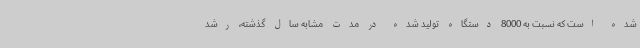
شده است که نسبت به 8000 دستگاه تولید شده در مدت مشابه سال گذشته، رشد